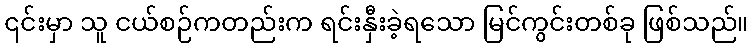
၎င်းမှာ သူ ငယ်စဉ်ကတည်းက ရင်းနှီးခဲ့ရသော မြင်ကွင်းတစ်ခု ဖြစ်သည်။